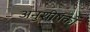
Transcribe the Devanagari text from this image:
अनुशीर्षकों